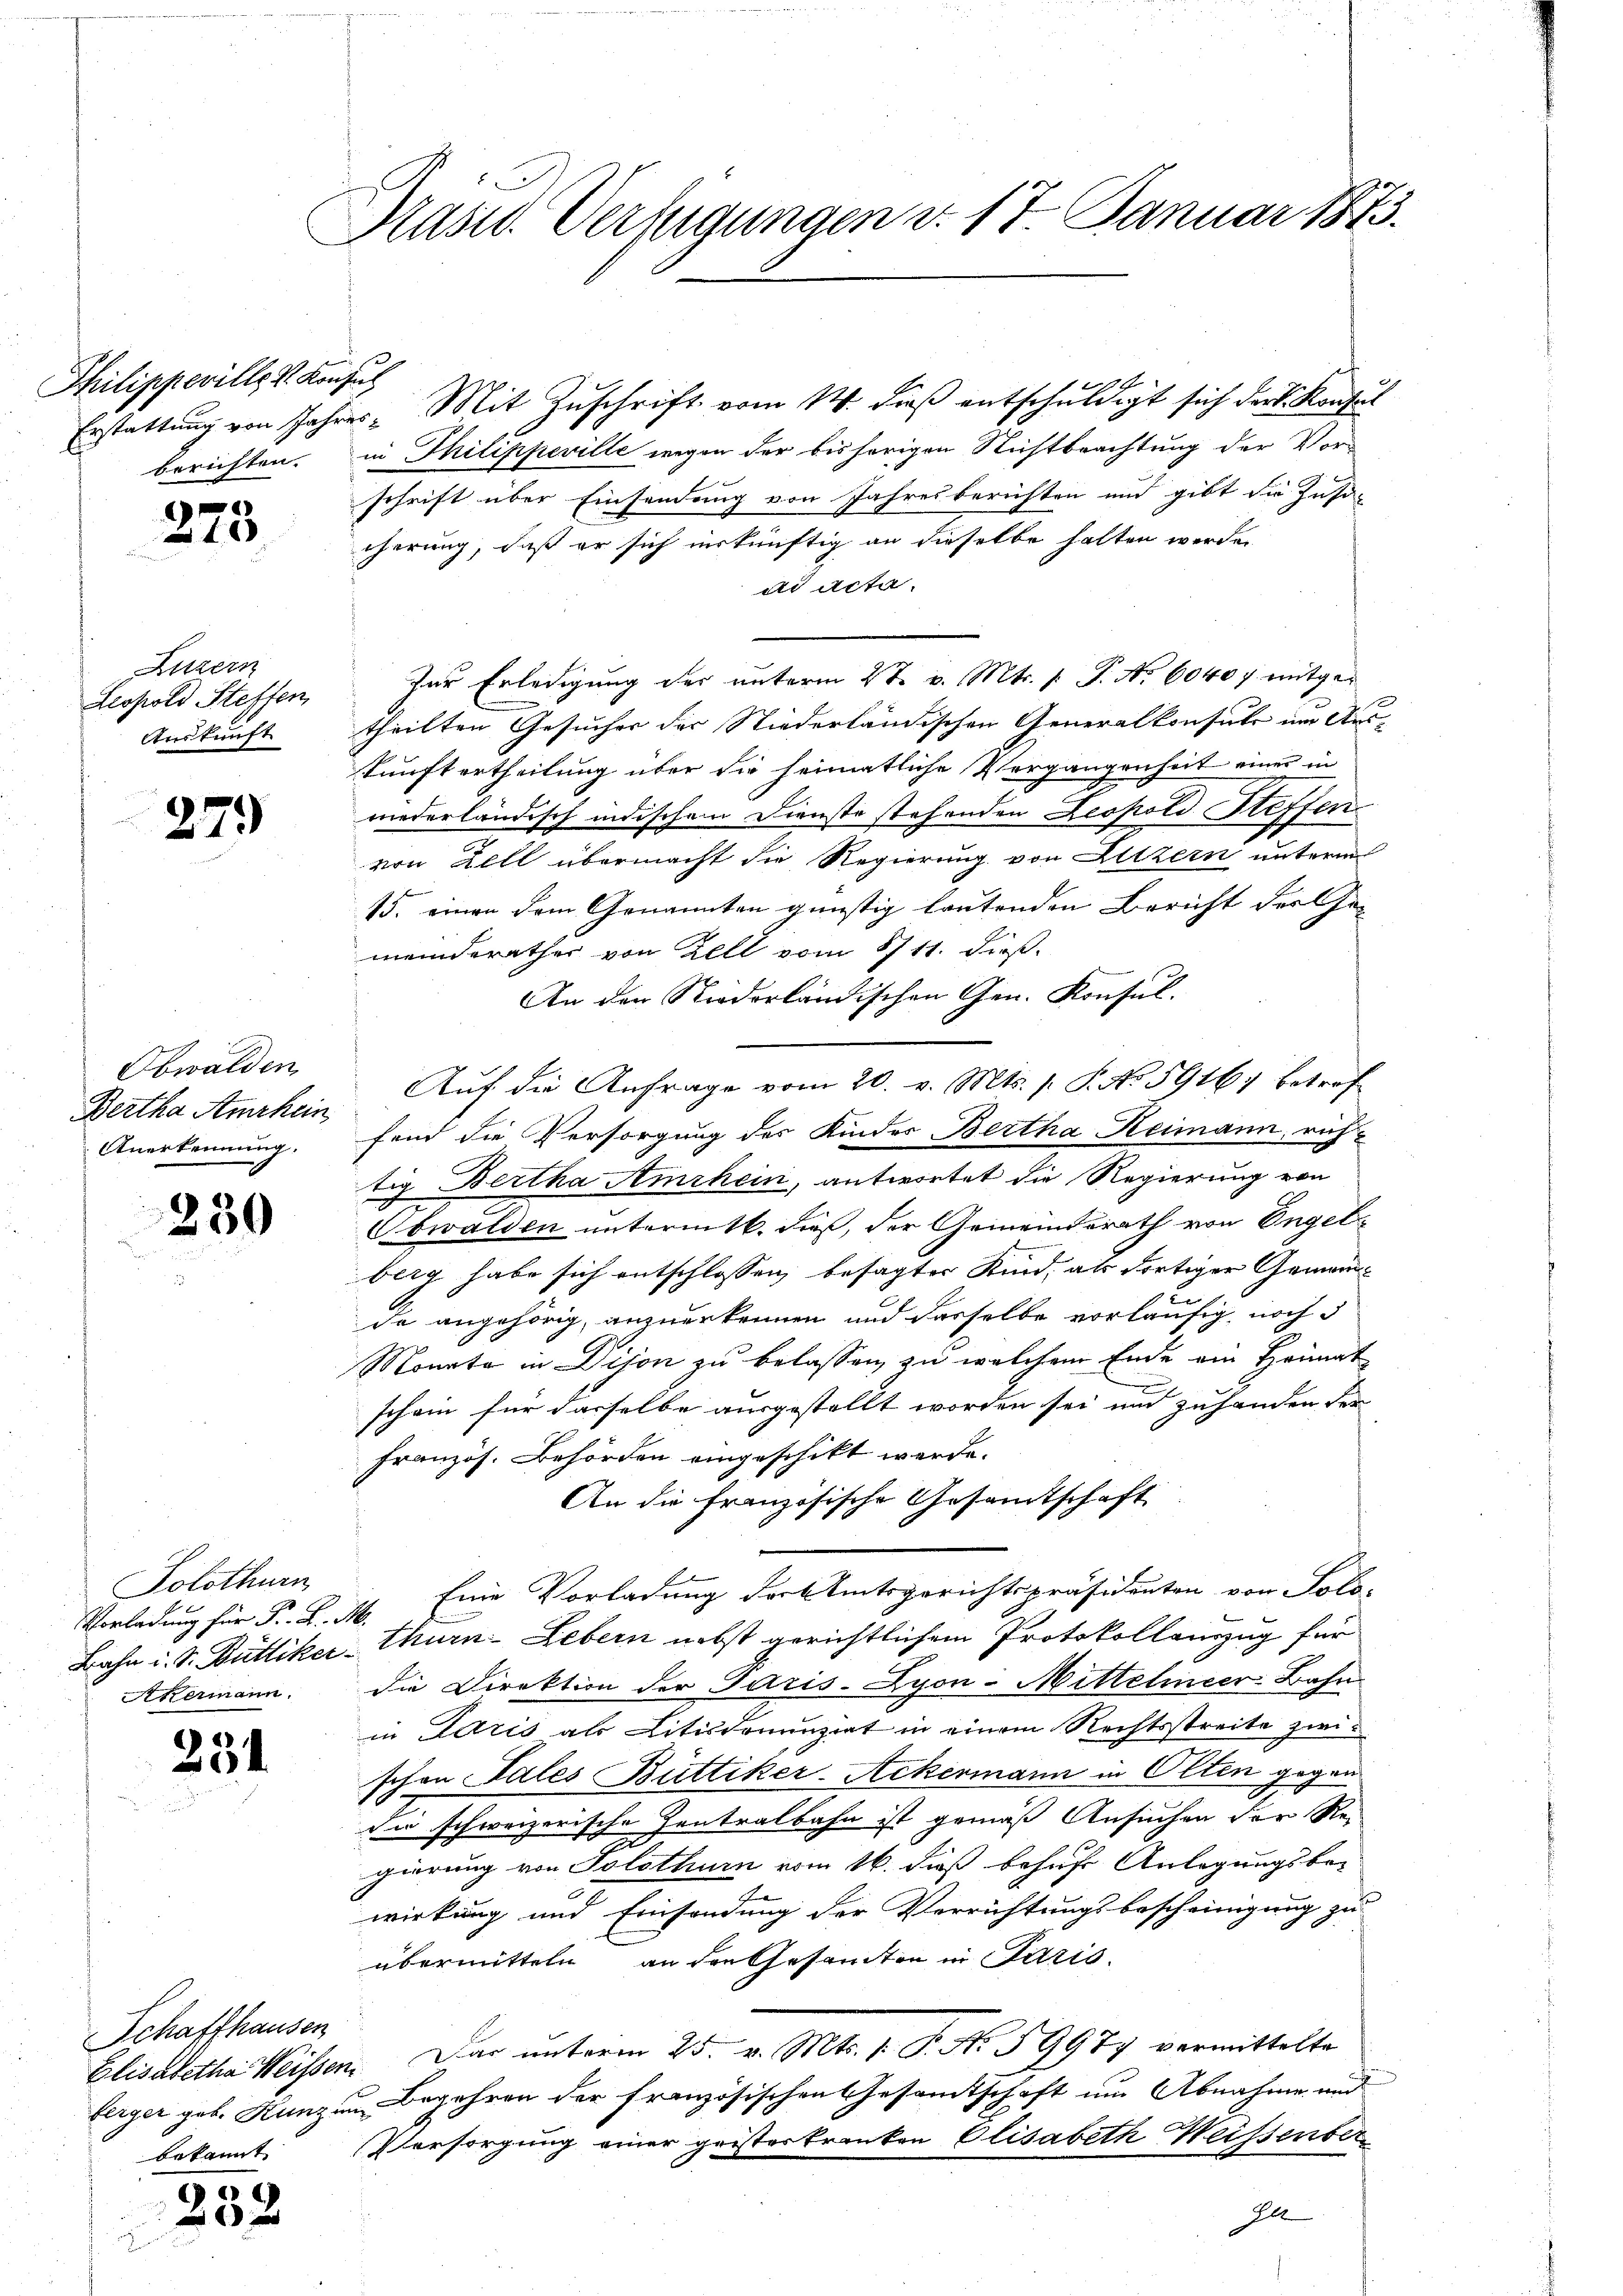
Philippeville V. Konfus

1
10

Luzern
Leopold Steffen
Auskunft

279

Obwalden
Bertha Amrhein
Anerkennung.

230

Solothurn
Vorladung für Fr. K. M
Akermann.

234.

Schaffhausen
bekannt

959
 x

Kasid. Verfügungen d. 17. Januar 1873.

1
Erstattung von Jahres Mit Zuschrift vom 14. dieß entschuldigt sich der k. Konsul
berichten. in Thilippeville wegen der bisherigen Nichtbeachtung der Vor-
schrift über Einsendung von Jahresberichten und gibt die Zusa
cherung, daß er sich inskünftig an dieselbe halten werden
ad Acta.
Zur Erledigung des unterm 2t v. Mts. 1. P. Nr. 6040 f. mitgetheilten Gesucher der Niederländischen Generalkonsute um Auskunft ertheilung über die heimatliche Vergangenheit einer in
niederländisch indischem Dienste stehenden Leopold Steffen
von Zell übermacht die Regierung von Litzern unterm
15. einen dem Genannten günstig lautenden Bericht der Ge-
meinderathes von Zell vom 8711. dieß.
An den Riederländischen Gen. Konsul-
Auf die Anfrage vom 20. v. Mts. s. P. No 5916, betrof
fend die Versorgung des Kinder Bertha Heimann, ruhtig Bertha Amrhein, antwortet die Regierung von
Obwalden untermitt. dieß, der Gemeinderath von Engelberg habe sich entschlossen, besagter Kind, als dortiger Gemeinc
.
de angehörig, anzuerkennen und dasselbe vorläufig, noch d
Monata in Dison zu belassen, zu welchem Ende ein Heimat
.
schein für dasselbe ausgestellt worden sei und zuhanden der
französ. Behörden eingeschikt werde.
An die französische Gesandtschaft
Eine Vorladung der Amtsgerichtspräsidenten von Solo-
Bahn i. S. Büttiker-Thurn-Lebern nebst gerichtlichem Protokollauszug für
die Direktion der Paris-Zyon-Mittelmeer Bahn
in Paris als Litisdonunziat in einem Rechtsstreite zwischen Sales Büttiker-Ackermann in Olten gegen
die schweizerische Zentralbahn ist gemäß Ansuchen der Re-
gierung von Solothurn vom 16. daß behufs Anlegungsbe-
wirkung und Einsendung der Verrichtungsbescheinigung zu
übermitteln an den Gesandten in Paris.
Elisabetha Weissen. Das unterm 25. v. Mts. v. J. N. 59977 vermittelte
berger geb. Kanzen Begehren der französischen Gesandtschaft um Abnahme und
Persorgung einer geisterkranken Elisabeth Weissenber
Ha